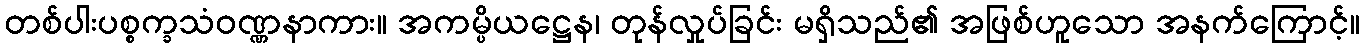
တစ်ပါးပစ္စက္ခသံဝဏ္ဏနာကား။ အကမ္ပိယဋ္ဌေန၊ တုန်လှုပ်ခြင်း မရှိသည်၏ အဖြစ်ဟူသော အနက်ကြောင့်။